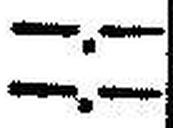
—.—